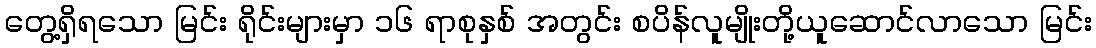
တွေ့ရှိရသော မြင်း ရိုင်းများမှာ ၁၆ ရာစုနှစ် အတွင်း စပိန်လူမျိုးတို့ယူဆောင်လာသော မြင်း